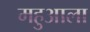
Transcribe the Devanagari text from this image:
महुआला